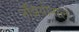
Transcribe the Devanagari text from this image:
नॅझियोनाल